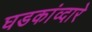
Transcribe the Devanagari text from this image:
घडकांव्दारे